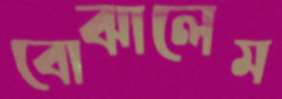
বোঝালেম